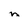
Character: m